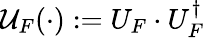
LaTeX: \mathcal{U}_{F}(\cdot):=U_{F}\cdot U_{F}^{\dagger}